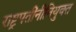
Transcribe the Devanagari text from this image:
राष्ट्रपतींनीनियुक्त